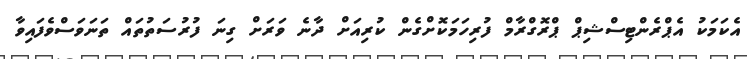
އެކަމަކު އެޕްރެންޓިސްޝިޕް ޕްރޮގްރާމް ފުރިހަމަކޮށްގެން ކުރިއަށް ދާނެ ވަރަށް ގިނަ ފުރުސަތުތައް ތަނަވަސްވެފައިވާ